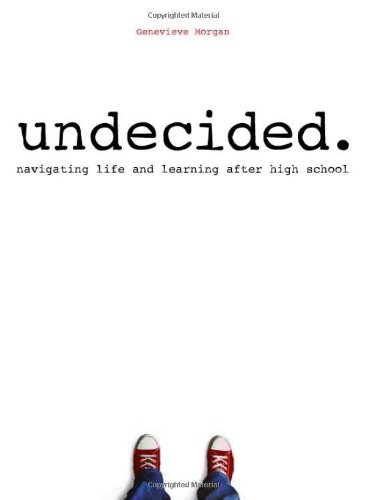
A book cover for Undecided: Navigating Life and Learning After High School; Genevieve Morgan; Teen & Young Adult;